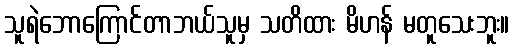
သူရဲဘောကြောင်တာဘယ်သူမှ သတိထား မိဟန် မတူသေးဘူး။